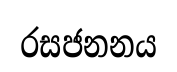
රසජනනය